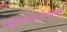
નફાકારકતાનો